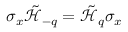
\sigma _ { x } \tilde { \mathcal { H } } _ { - q } = \tilde { \mathcal { H } } _ { q } \sigma _ { x }